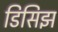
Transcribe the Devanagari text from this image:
डिसिझ